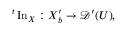
{ } ^ { t } \operatorname { I n } _ { X } : X _ { b } ^ { \prime } \to { \mathcal { D } } ^ { \prime } ( U ) ,